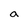
Character: a